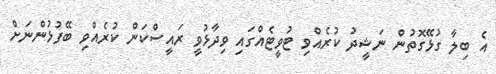
އެ ބިލާ ގުޅޭގޮތުން ނަޝީދު ކުރެއްވި ޓުވީޓެއްގައި ވިދާޅުވީ ރައީސްކަން ކުރެއްވި ބޭފުޅުންނަށް